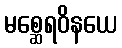
မစ္ဆေရဝိနယေ